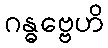
ဂန္ဓဗ္ဗေဟိ